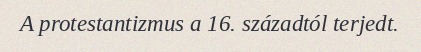
A protestantizmus a 16. századtól terjedt.